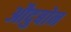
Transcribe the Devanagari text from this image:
औदुबोन